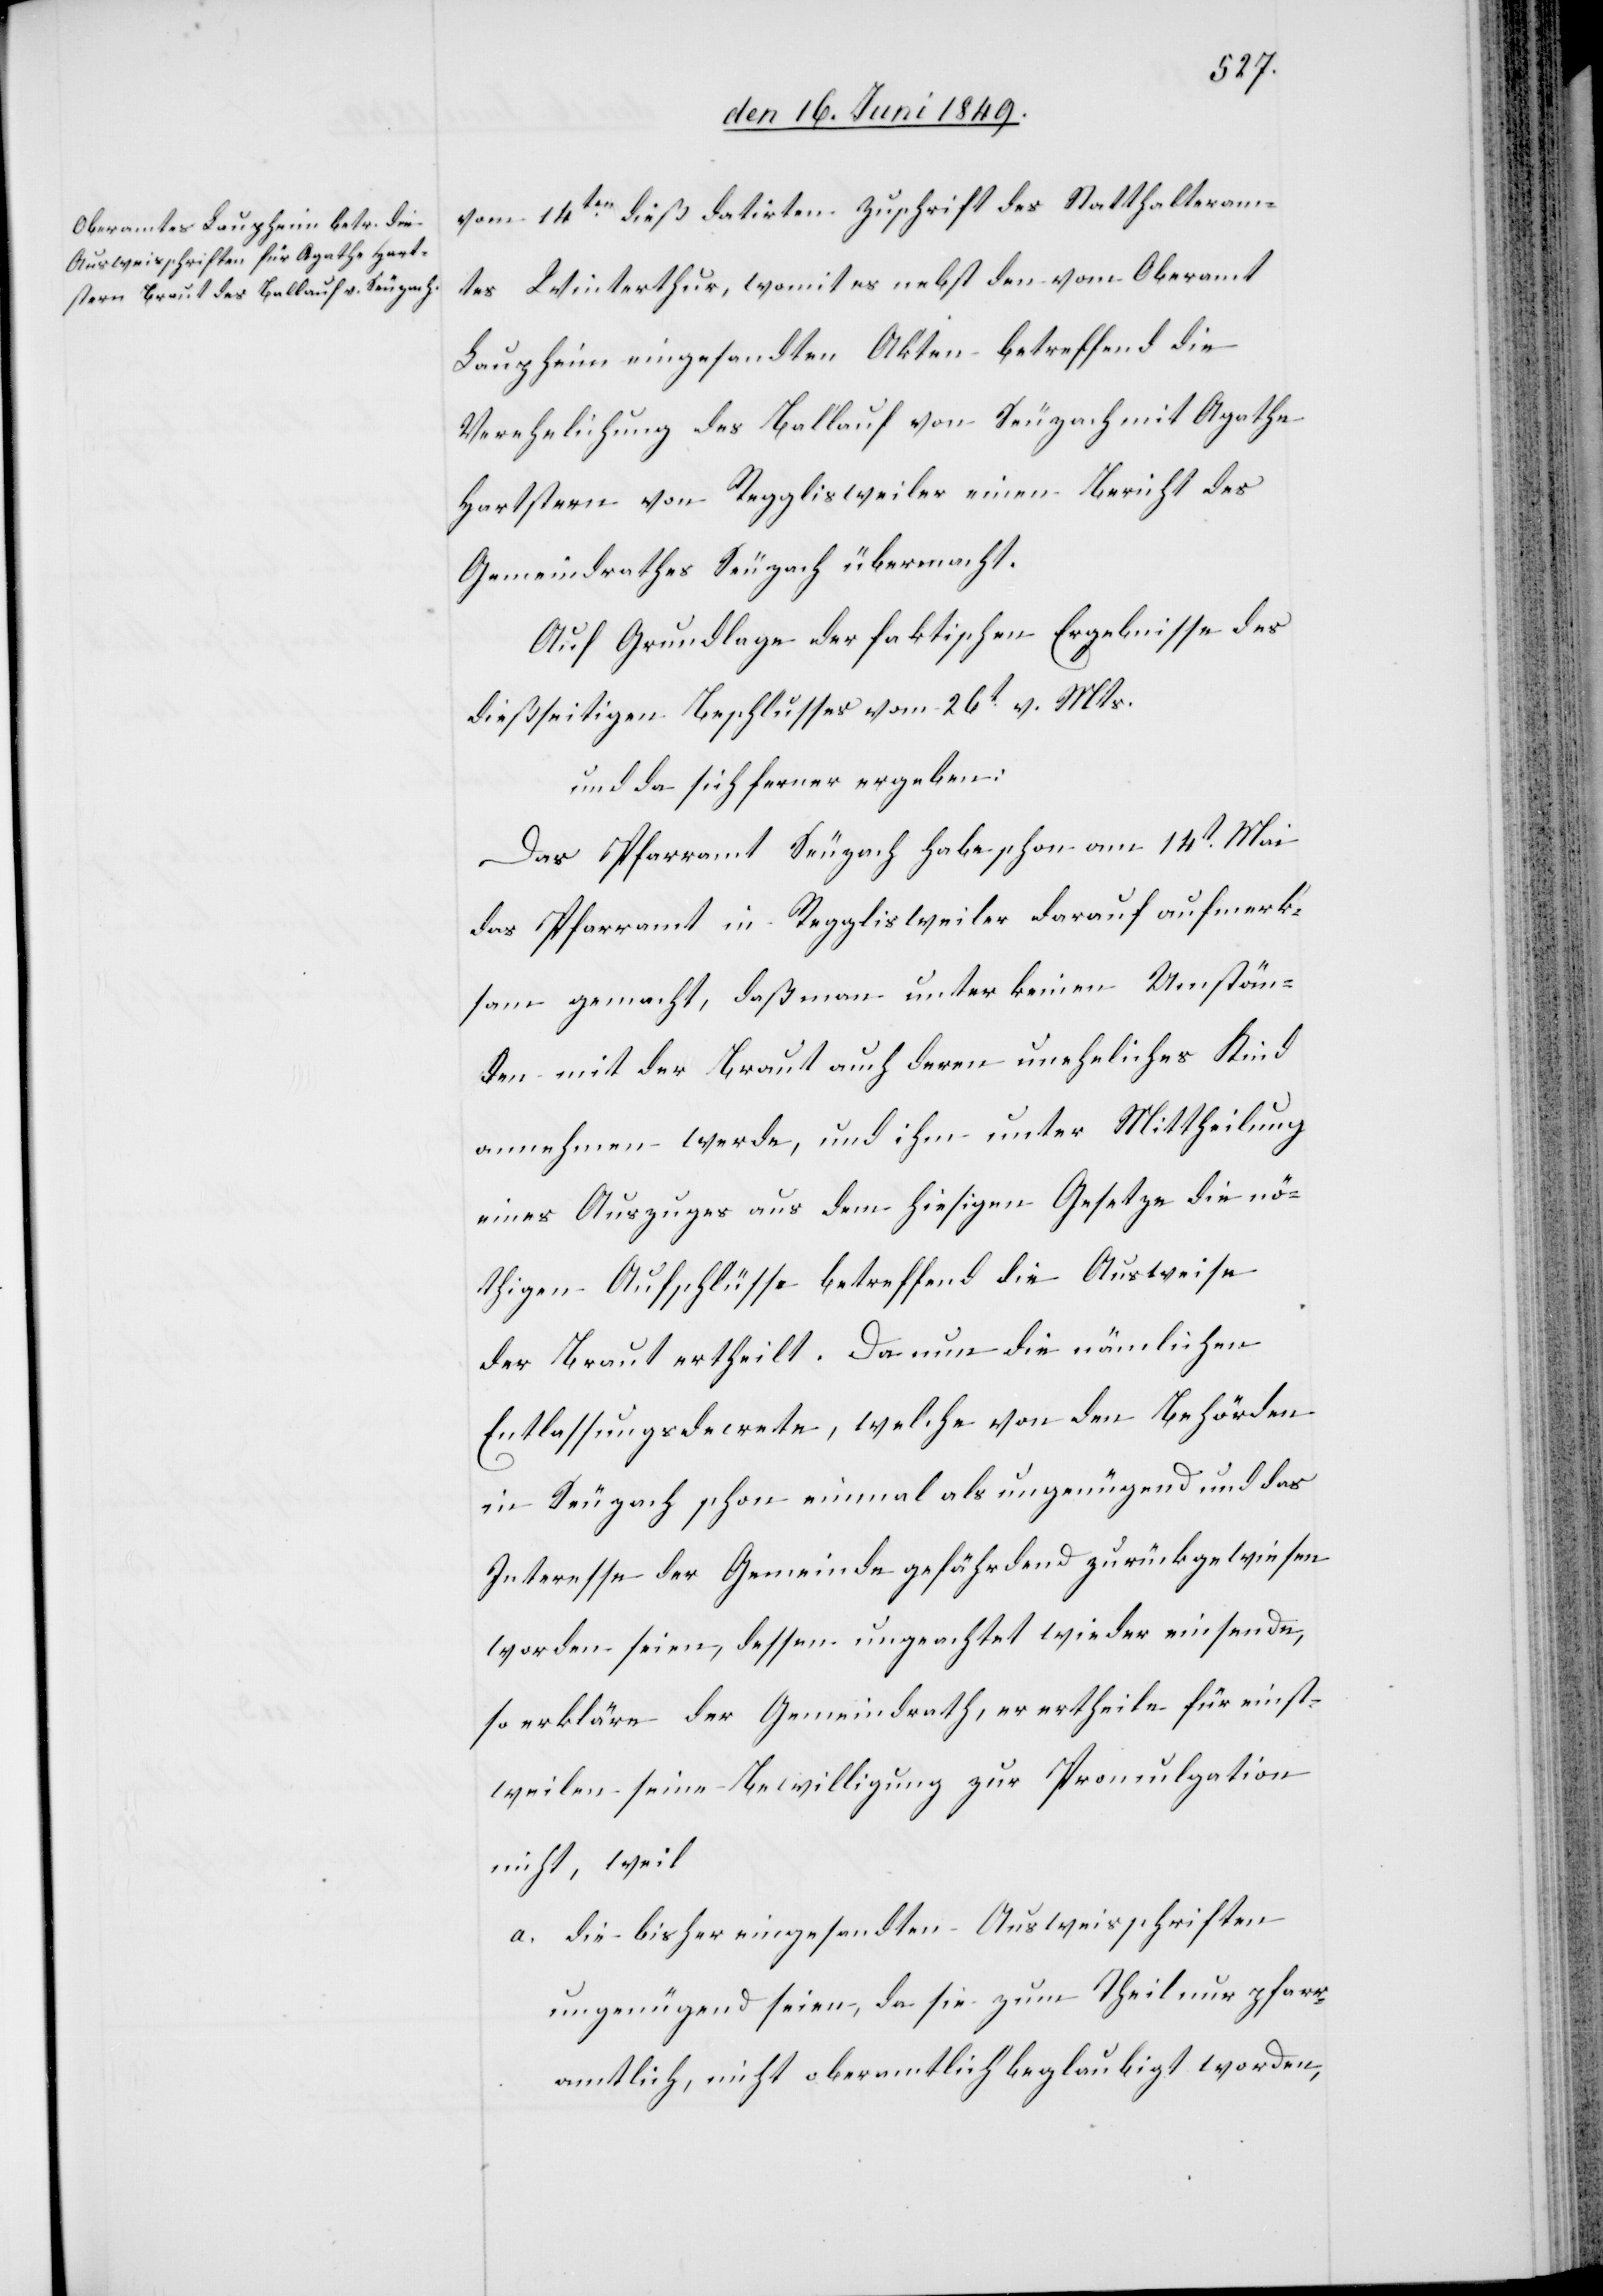
vom 14ten dieß datirten Zuschrift des Statthalteram¬
tes Winterthur, womit es nebst den vom Oberamt
Lauzheim eingesandten Akten betreffend die
Verehelichung des Ballauf von Seuzach mit Agathe
Hartstern von Regglisweiler einen Bericht des
Gemeindrathes Seuzach übermacht.
Auf Grundlage der faktischen Ergebnisse des
dießseitigen Beschlusses vom 26t v. Mts.
und da sich ferner ergeben:
Das Pfarramt Seuzach habe schon am 14t Mai
das Pfarramt in Regglisweiler darauf aufmerk¬
sam gemacht, daß man unter keinen Umstän¬
den mit der Braut auch deren uneheliches Kind
annehmen werde, und ihm unter Mittheilung
eines Auszuges aus dem hiesigen Gesetze die nö¬
thigen Aufschlüsse betreffend die Ausweise
der Braut ertheilt. Da nun die nämlichen
Entlassungsdecrete, welche von den Behörden
in Seuzach schon einmal als ungenügend und das
Interesse der Gemeinde gefährdend zurückgewiesen
worden seien, dessen ungeachtet wieder einsende,
so erkläre der Gemeindrath, er ertheile für einst¬
weilen seine Bewilligung zur Promulgation
nicht, weil
a. die bisher eingesandten Ausweisschriften
ungenügend seien, da sie zum Theil nur pfarr¬
amtlich, nicht oberamtlich beglaubigt worden,